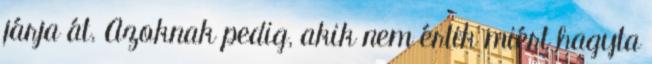
járja át. Azoknak pedig, akik nem értik miért hagyta